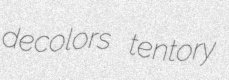
decolors tentory